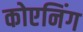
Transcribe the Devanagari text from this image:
कोएनिंग